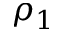
\rho _ { 1 }